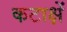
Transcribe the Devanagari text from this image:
कटाक्षें